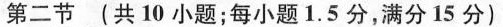
第二节 (共10小题;每小题1.5分,满分15分)